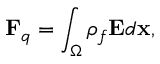
\mathbf { F } _ { q } = \int _ { \Omega } \rho _ { f } \mathbf { E } d \mathbf { x } ,